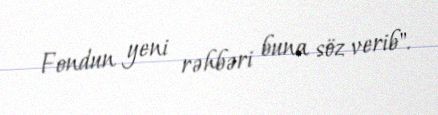
Fondun yeni rəhbəri buna söz verib".